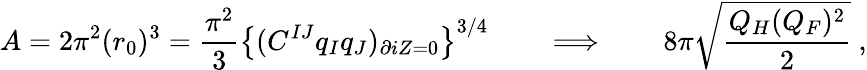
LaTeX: A=2\pi^{2}(r_{0})^{3}={\frac{\pi^{2}}{3}}\left\{ (C^{IJ}q_{I}q_{J})_{\partial iZ=0}\right\} ^{3/4}\qquad\Longrightarrow\qquad 8\pi\sqrt{\frac{Q_{H}(Q_{F})^{2}}{2}}\ ,